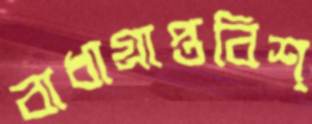
বাধাগ্রাপ্তবিশ্